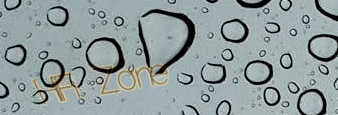
HiFi Zone